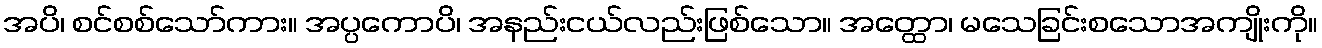
အပိ၊ စင်စစ်သော်ကား။ အပ္ပကောပိ၊ အနည်းငယ်လည်းဖြစ်သော။ အတ္ထော၊ မသေခြင်းစသောအကျိုးကို။